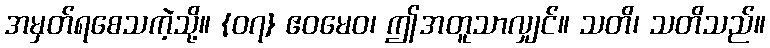
အမှတ်ရစေသကဲ့သို့။ {၀၇} ဧဝမေဝ၊ ဤအတူသာလျှင်။ သတိ၊ သတိသည်။